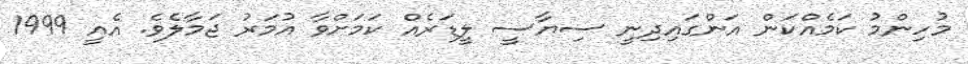
މުހިންމު ކަމެއްކަން އަންގައިދިނީ ސިޔާސީ ލީޑަރެއް ކަމަށްވާ އުމަރު ޖަމާލެވެ. އެއީ 1999